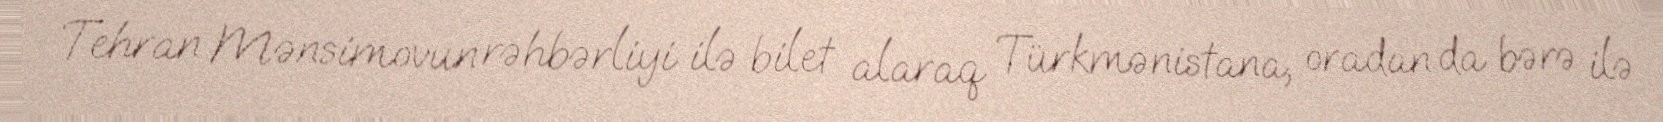
Tehran Mənsimovun rəhbərliyi ilə bilet alaraq Türkmənistana, oradan da bərə ilə